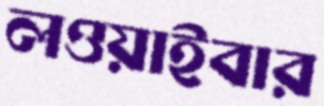
লওয়াইবার